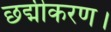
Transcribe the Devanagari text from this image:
छद्मीकरण।